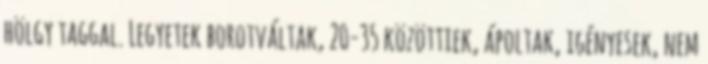
hölgy taggal. Legyetek borotváltak, 20-35 közöttiek, ápoltak, igényesek, nem